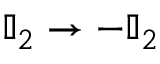
\mathbb { I } _ { 2 } \rightarrow - \mathbb { I } _ { 2 }